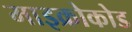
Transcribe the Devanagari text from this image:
माइक्रोकोड